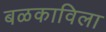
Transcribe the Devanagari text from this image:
बळकाविला